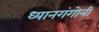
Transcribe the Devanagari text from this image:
ध्यानगंगोत्री